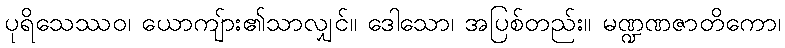
ပုရိသေဿဝ၊ ယောကျ်ား၏သာလျှင်။ ဒေါသော၊ အပြစ်တည်း။ မဏ္ဍဏဇာတိကော၊